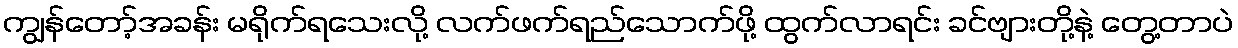
ကျွန်တော့်အခန်း မရိုက်ရသေးလို့ လက်ဖက်ရည်သောက်ဖို့ ထွက်လာရင်း ခင်ဗျားတို့နဲ့ တွေ့တာပဲ